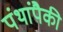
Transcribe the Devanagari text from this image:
पंथांपैकी